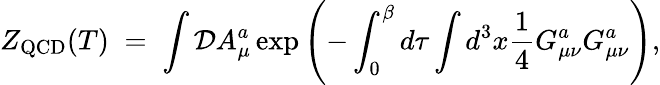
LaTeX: Z_{\mathrm{QCD}}(T)\; =\; \int{\cal D}A_{\mu}^{a}\exp\left(-\int_{0}^{\beta}d\tau\int d^{3}x{\frac{1}{4}}G_{\mu\nu}^{a}G_{\mu\nu}^{a}\right),